Lock hospitals Punjab
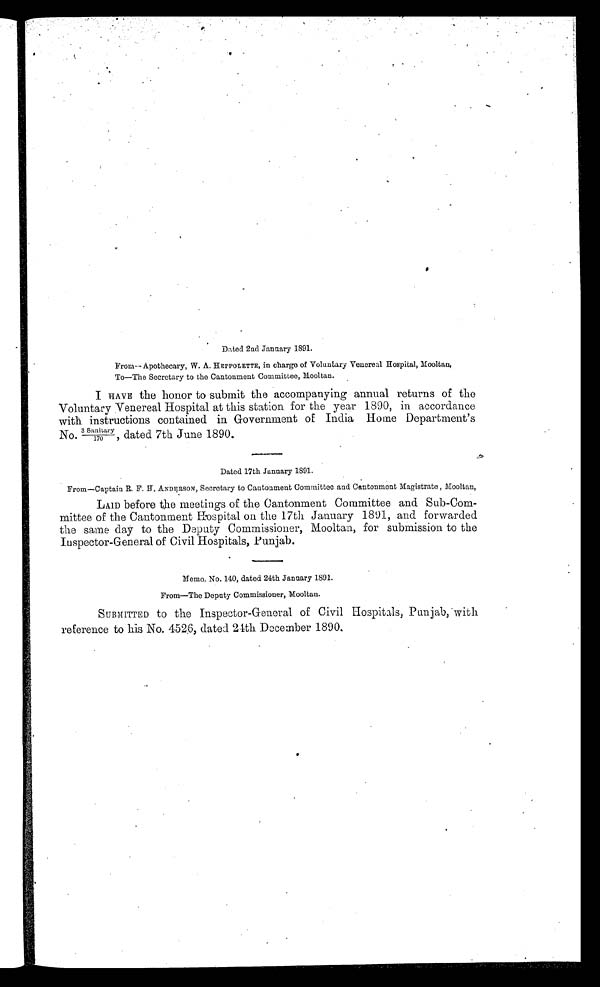
Dated 2nd January 1891.
From—Apothecary, W. A. HEPPOLETTE, in charge of Voluntary Venereal Hospital, Mooltan,
To—The Secretary to the Cantonment Committee, Mooltan.
I HAVE the honor to submit the accompanying annual returns of the
Voluntary Venereal Hospital at this station for the year 1890, in accordance
with instructions contained in Government of India Home Department's
No . 3 s a n i t a r y / 1 7 0 , d a t e d 7 t h J u n e 1 8 9 0 .
Dated 17th January 1891.
From—Captain R. F. H. ANDERSON, Secretary to Cantonment Committee and Cantonment Magistrate, Mooltan
LAID before the meetings of the Cantonment Committee and Sub-Com-
mittee of the Cantonment Hospital on the 17th January 1891, and forwarded
the same day to the Deputy Commissioner, Mooltan, for submission to the
Inspector-General of Civil Hospitals, Punjab.
Memo. No. 140, dated 24th January 1891.
From—The Deputy Commissioner, Mooltan.
SUBMITTED to the Inspector-General of Civil Hospitals, Punjab, with
reference to his No. 452. 6, dated 24th December 1890.